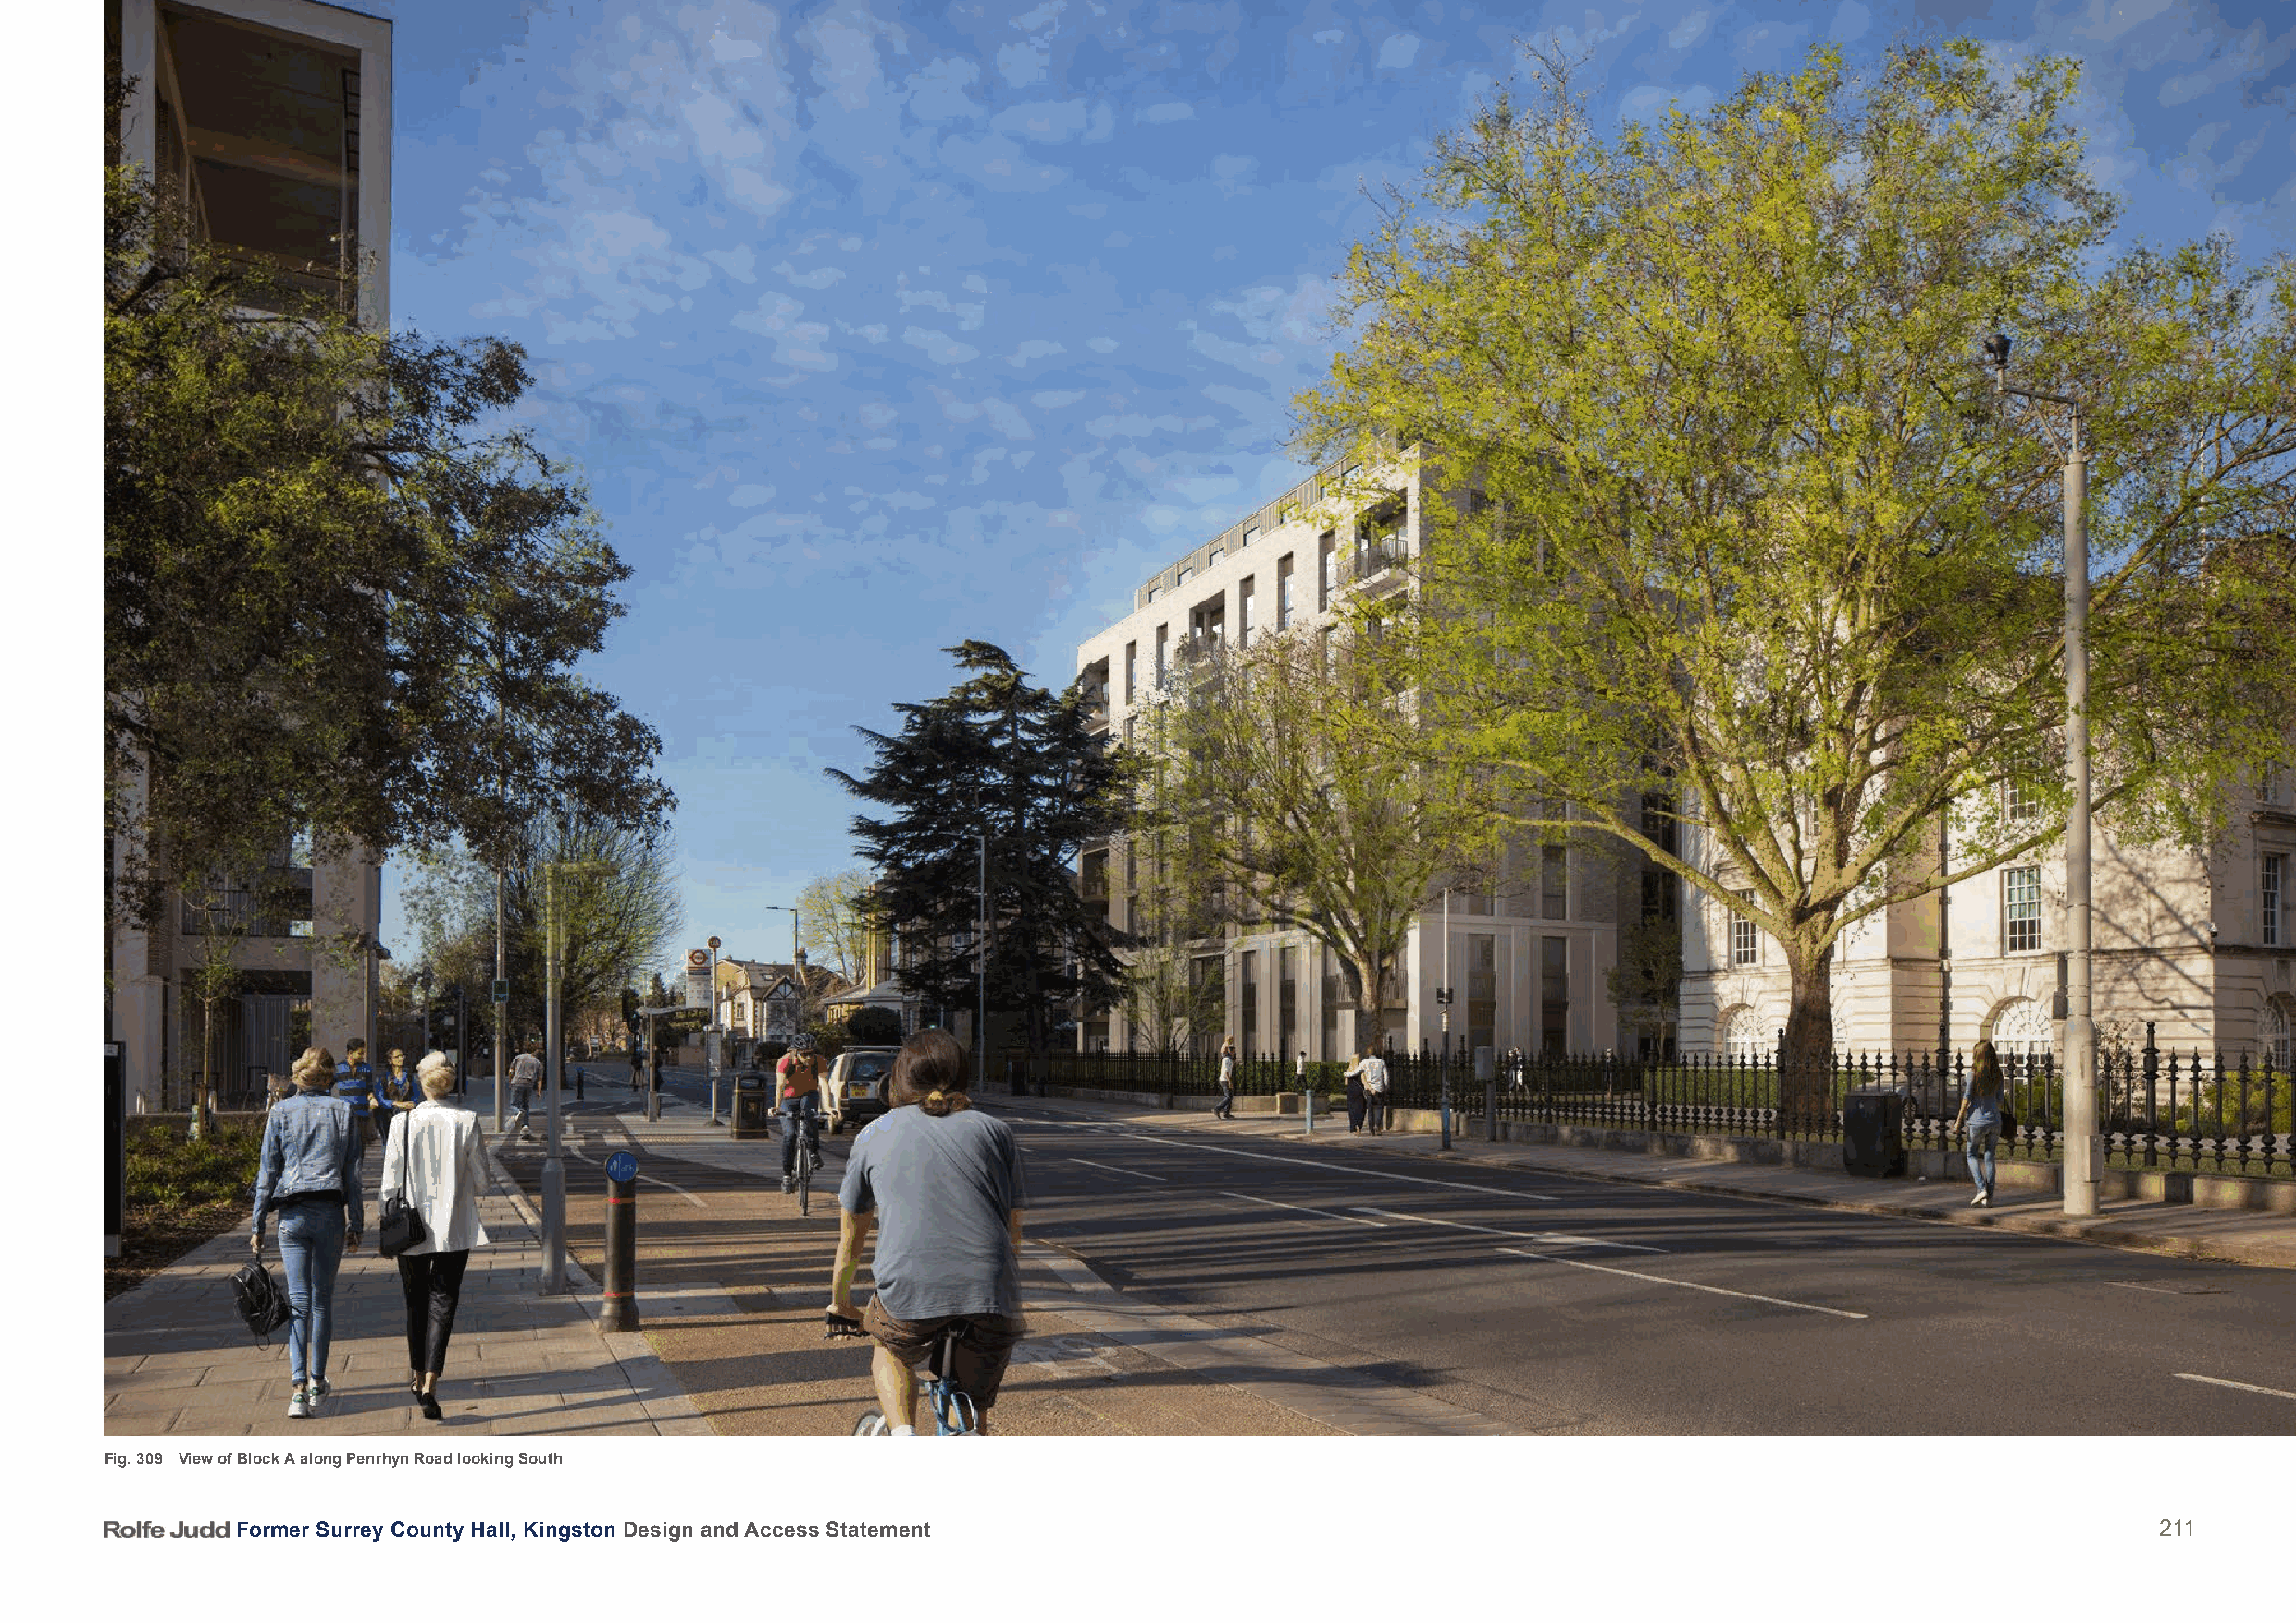
Fig. 309 View of Block A along Penrhyn Road looking South
 Former Surrey County Hall, Kingston Design and Access Statement                                                                          211